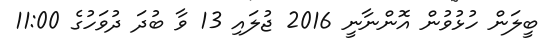
ބީލަން ހުޅުވުން އޮންނާނީ 2016 ޖުލައި 13 ވާ ބުދަ ދުވަހުގެ 11:00